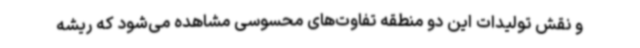
و نقش تولیدات این دو منطقه تفاوت‌های محسوسی مشاهده می‌شود که ریشه